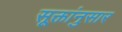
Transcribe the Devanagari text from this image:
सूक्तांनुसार